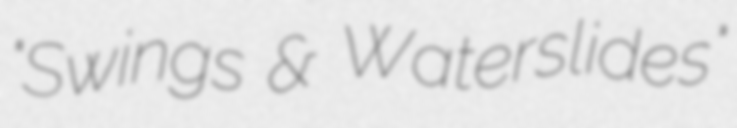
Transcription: "Swings & Waterslides"